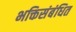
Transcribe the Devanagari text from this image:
भक्तिसंबंधित